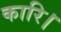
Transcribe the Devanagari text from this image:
कारि।